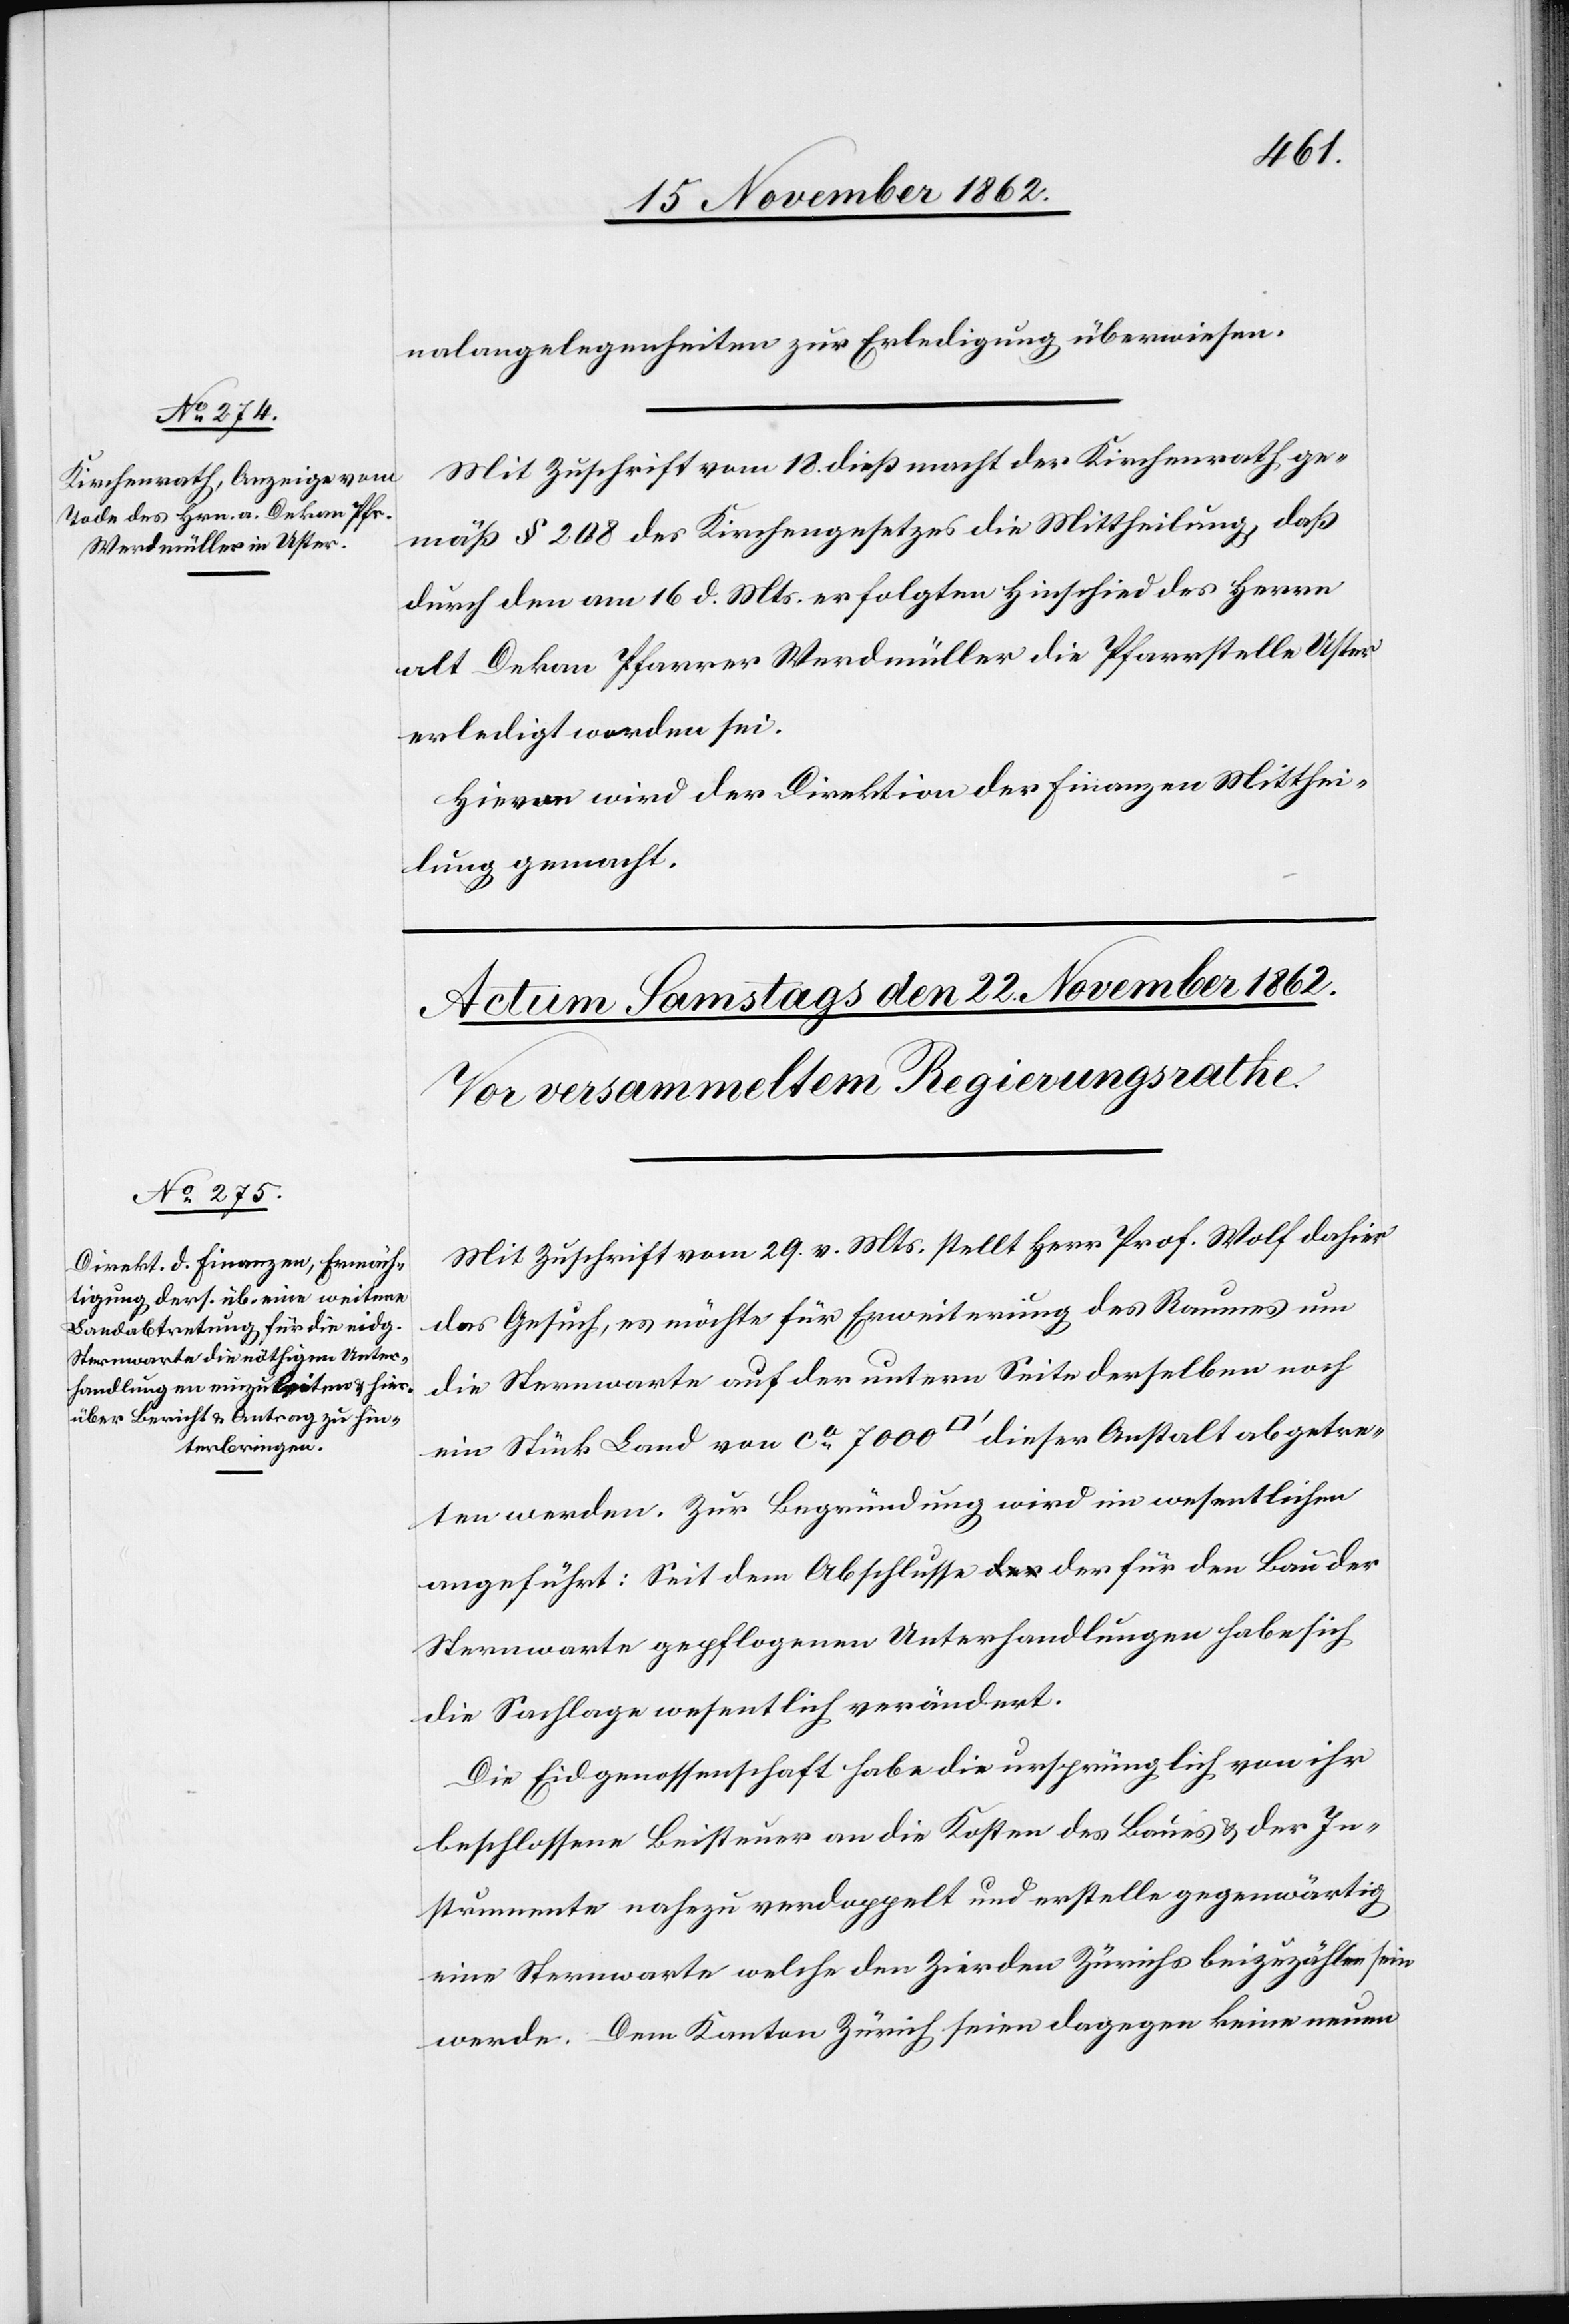
20. November 1862.]
nalangelegenheiten zur Erledigung überwiesen.
Mit Zuschrift vom 18. dieß macht der Kirchenrath, ge¬
mäß § 208 des Kirchengesetzes die Mittheilung, daß
durch den am 16. d. Mts. erfolgten Hinschied des Herrn
alt Dekan Pfarrer Werdmüller die Pfarrstelle Uster
erledigt worden sei.
Hievon wird der Direktion der Finanzen Mitthei¬
lung gemacht.
Mit Zuschrift vom 29. v. Mts. stellt Herr Prof. Wolf dahier
das Gesuch, es möchte für Erweiterung des Raumes um
die Sternwarte auf der untern Seite derselben noch
ein Stück Land von ca 700 [Quadratfuß] dieser Anstalt abgetre¬
ten werden. Zur Begründung wird im wesentlichen
angeführt: Seit dem Abschlusse der für den Bau der
Sternwarte gepflogenen Unterhandlungen habe sich
die Sachlage wesentlich verändert.
Die Eidgenossenschaft habe die ursprünglich von ihr
beschlossene Beisteuer an die Kosten des Baues u. der In¬
strumente nahezu verdoppelt und erstelle gegenwärtig
eine Sternwarte welche den Zierden Zürichs beizuzahlen sein
werde. Dem Kanton Zürich seien dagegen keine neuen